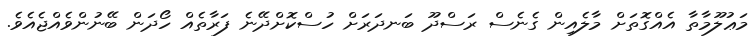
މަޢުލޫމާތާ އެއްގޮތަށް މާލެއިން ގެނެސް ރަސްދޫ ބަނދަރަށް ހުސްކޮށްދޭނެ ފަރާތެއް ހޯދަން ބޭނުންވެއްޖެއެވެ.